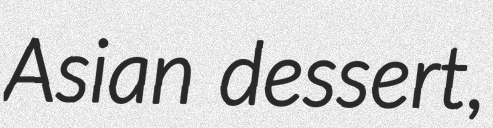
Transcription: Asian dessert,